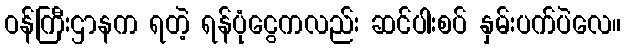
ဝန်ကြီးဌာနက ရတဲ့ ရန်ပုံငွေကလည်း ဆင်ပါးစပ် နှမ်းပက်ပဲလေ။